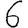
Digit: 6